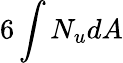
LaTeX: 6\int N_{u}dA